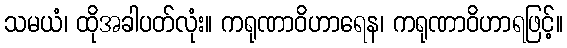
သမယံ၊ ထိုအခါပတ်လုံး။ ကရုဏာဝိဟာရေန၊ ကရုဏာဝိဟာရဖြင့်။